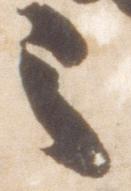
之